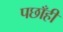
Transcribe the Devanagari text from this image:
पछाँही